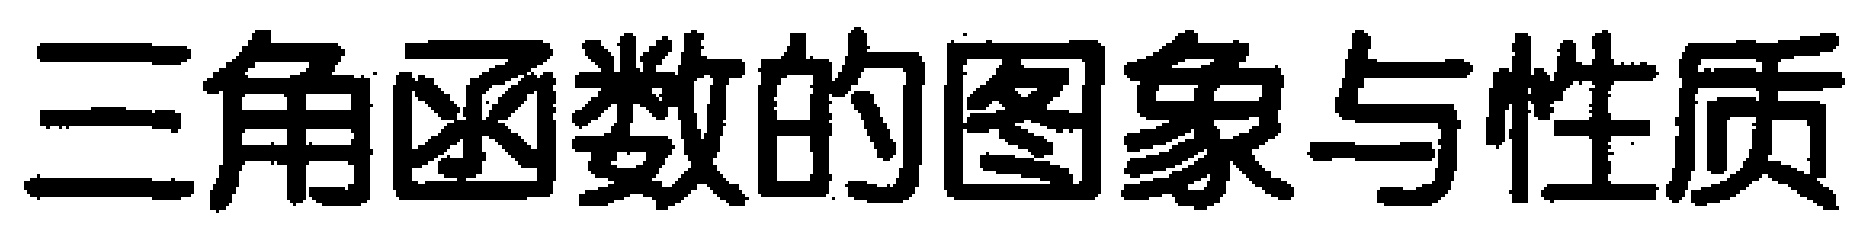
三角函数的图象与性质